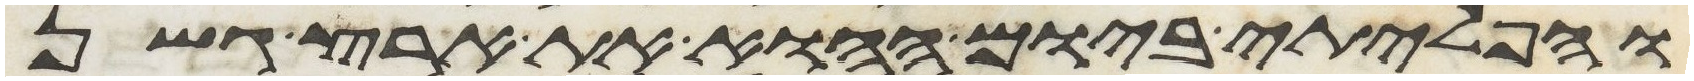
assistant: והפליתי ביום ההוא את ארץ גשן